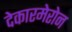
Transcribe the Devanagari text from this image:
देकारमेरोन